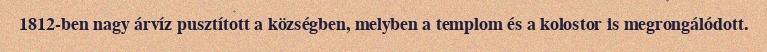
1812-ben nagy árvíz pusztított a községben, melyben a templom és a kolostor is megrongálódott.